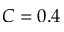
C = 0 . 4